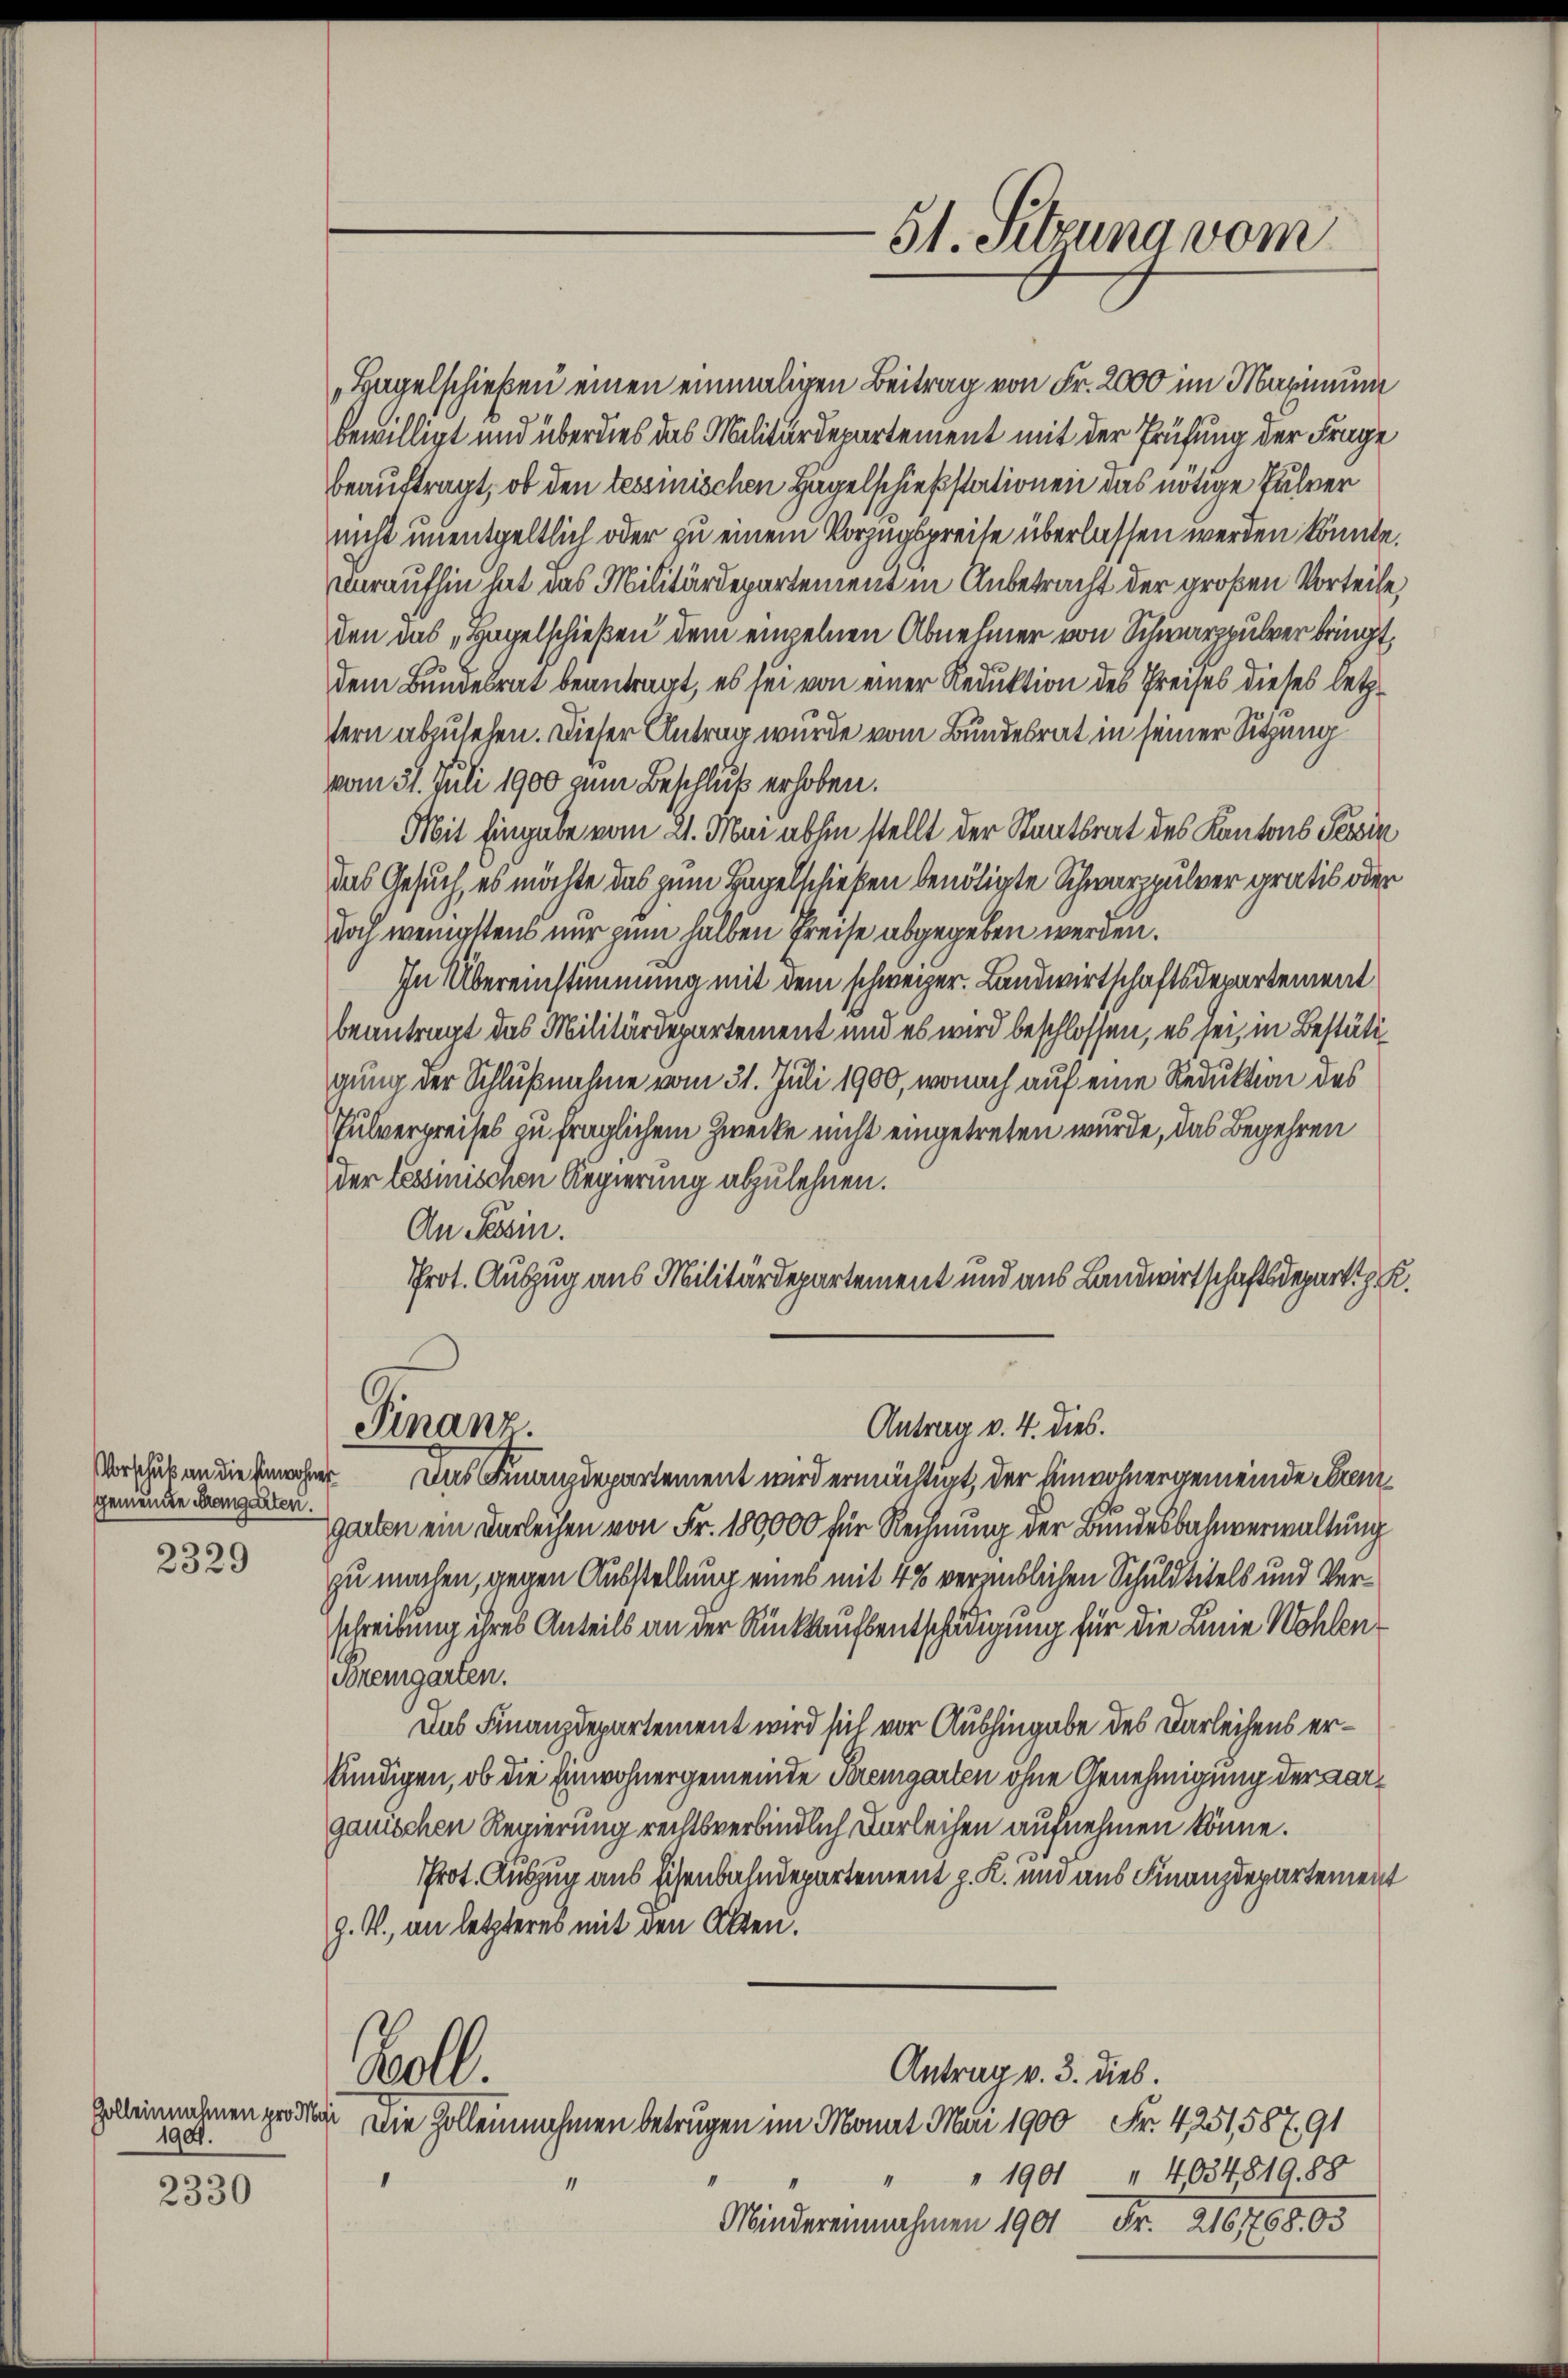
Vorschuß an die Einwohner
gemeine Prangarten.

2329

1901.

2330

„Hagelschießen einen einmaligen Beitrag von Fr. 2000 im Maximum
bewilligt und überdies das Militärdepartement mit der Prüfung der Frage
beauftragt, ob den tessinischen Hagelschießstationen das nötige Pulver
nicht unentgeltlich oder zu einem Vorzugspreise überlassen werden könnte.
daraufhin hat das Militärdepartement in Anbetracht der großen Vorteile,
den das „Hagelschießen dem einzelnen Abnehmer von Schwarzpulver bringt,
dem Bundesrat beantragt, es sei von einer Reduktion des Preises dieses letztern abzusehen. Dieser Antrag wurde vom Bundesrat in seiner Sitzung
vom 31. Juli 1900 zum Beschluß erhoben.
Mit Eingabe vom 21. Mai abhin stellt der Staatsrat des Kantons Tessin
das Gesuch, es möchte das zum Hagelschießen benötigte Schwarzpulver gratis oder
doch wenigstens nur zum halben Preise abgegeben werden.
In Übereinstimmung mit dem schweizer. Landwirtschaftsdepartement
beantragt das Militärdepartement und es wird beschlossen, es sei, in Bestätigung der Schlußnahme vom 31. Juli 1900, wonach auf eine Reduktion des
e
Sulverpreises zu fraglichem Zwecke nicht eingetreten wurde, das Begehren
der Cessinischen Regierung abzulehnen.
An Tessin.
Prot. Auszug aus Militärdepartement und aus Landwirtschaftsdepartth. K.

Finanz.

Antrag v. 4. dies.

51. Sitzuna vom

Das Finanzdepartement wird ermächtigt, der Einwohnergemeinde Seren
garten ein Darleihen von Fr. 180000 für Rechnung der Bundesbahnverwaltung
zu machen, gegen Ausstellung eines mit 4% vergeblichen Schuldtitels und Verschreibung ihres Anteils an der Rückkaufsentschädigung für die Linie Wohlen¬
Premgarten.
Das Finanzdepartement wird sich vor Aushingabe des Darleihens erkündigen, ob die Einwohnergemeinde Kremgarten ohne Genehmigung der Aargauischen Regierung rechtsverbindlich Darleihen aufnehmen könne.
Prot. Auszug aus sichenbahndepartement z. K. und aus Finanzdepartement
g. V., an letzteres mit den Alten.
Boll.
Antrag v. 3. dies.
Zelleinnahmen großen Die Zollennahmen betrugen im Monat Mai 1900 Fr. 4251,587,91
" " 1901 " 4034819,88
1
Mindereinnahmen 1901 Fr. 2161768,03